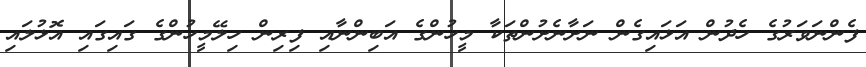
ފެންނަވަރުގެ ހެދުން އަޅައިގެން ނަށާނެށުންތަކާ މީހުންގެ އަބިންނާއި ފިރިން ހިލޭމީހުންގެ ގައިގައި އޮޅުލައި